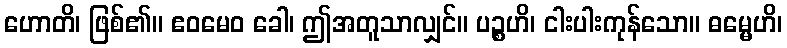
ဟောတိ၊ ဖြစ်၏။ ဧဝမေဝ ခေါ၊ ဤအတူသာလျှင်။ ပဉ္စဟိ၊ ငါးပါးကုန်သော။ ဓမ္မေဟိ၊